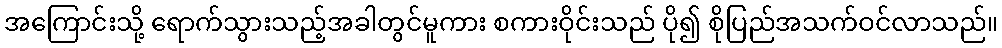
အကြောင်းသို့ ရောက်သွားသည့်အခါတွင်မူကား စကားဝိုင်းသည် ပို၍ စိုပြည်အသက်ဝင်လာသည်။